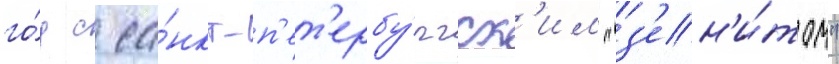
го́д с са́нкт-п'ет'ербу́ргск'им "з'ен'и́том"